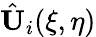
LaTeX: \hat{\mathbf{U}}_{i}(\xi,\eta)